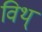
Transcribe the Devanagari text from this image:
विथ्